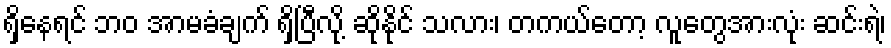
ရှိနေရင် ဘဝ အာမခံချက် ရှိပြီလို့ ဆိုနိုင် သလား၊ တကယ်တော့ လူတွေအားလုံး ဆင်းရဲ၊